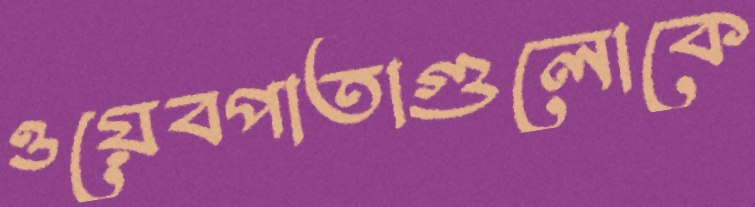
ওয়েবপাতাগুলোকে